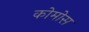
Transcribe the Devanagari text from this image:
कोमोस